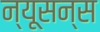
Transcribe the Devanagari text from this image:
न्यूसन्स